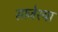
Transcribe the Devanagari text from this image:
साजेश्या